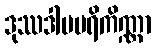
ဒုဿဒါမပရိကိဏ္ဏာ